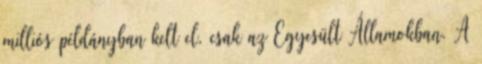
milliós példányban kelt el, csak az Egyesült Államokban. A